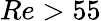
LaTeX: Re>55